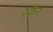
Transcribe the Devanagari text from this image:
स्‍केन